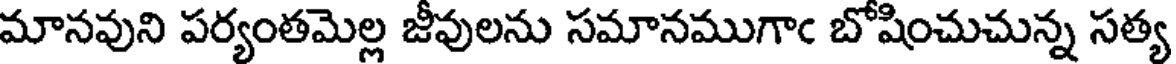
మానవుని పర్యంతమెల్ల జీవులను సమానముగాఁ బోషించుచున్న సత్య